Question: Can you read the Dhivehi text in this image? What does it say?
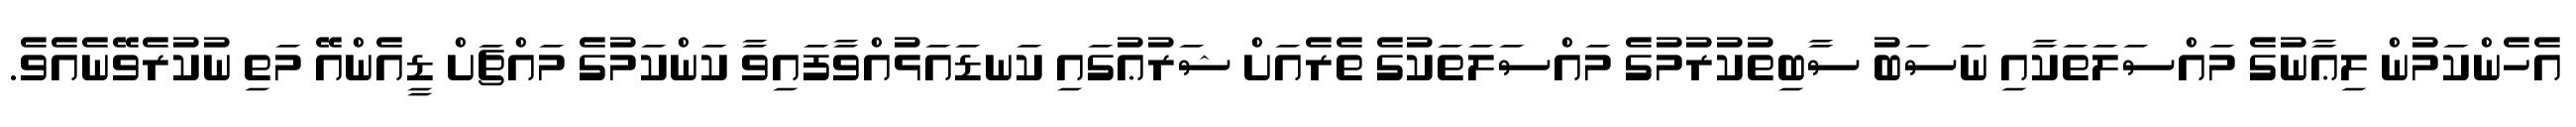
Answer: އެހެންކަމުން ލިޢާނުގެ މައްސަލަތަކާއި ނަސަބު ސާބިތުކުރުމުގެ މައްސަލަތަކުގެ ތެރެއަށް ޝަރުޢުގައި ކަނޑައަޅުއްވާފައިވާ ކަންކަމުގެ މައްޗަށް ޑީއެންއޭ މަތި ނުކުރެވޭނެއެވެ.